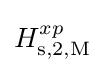
H_{\rm {s,2,M}}^{xp}